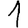
Digit: 1